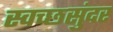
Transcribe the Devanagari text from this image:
स्वच्छसुंदर